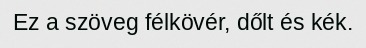
Ez a szöveg félkövér, dőlt és kék.